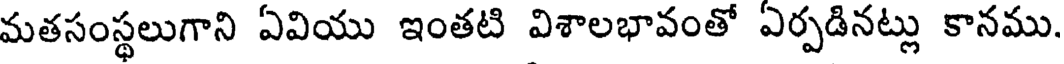
మతసంస్థలుగాని ఏవియు ఇంతటి విశాలభావంతో ఏర్పడినట్లు కానము